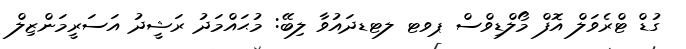
ގުޑް ޓްރެވަލް އޮފް މޯލްޑިވްސް ޕވޓ ލޓޑދައުވާ ލިބޭ: މުޙައްމަދު ރަޝީދު އަސަރީމަންޒިލް